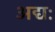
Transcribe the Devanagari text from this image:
अद्यः